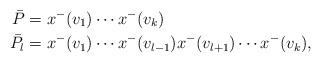
LaTeX: \begin{align*}\bar P&=x^-(v_1)\cdots x^-(v_k) \\\bar P_l&=x^-(v_{1})\cdots x^-(v_{l-1})x^-(v_{l+1})\cdots x^-(v_k),\end{align*}